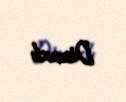
Dizaxlı